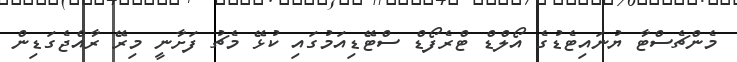
މެންޗެސްޓާ ޔުނައިޓެޑުގެ އޯލްޑް ޓްރެފޯޑް ސްޓޭޑިއަމުގައި ކުޅޭ މެޗު ފަށާނީ މިރޭ ރާއްޖެގަޑިން